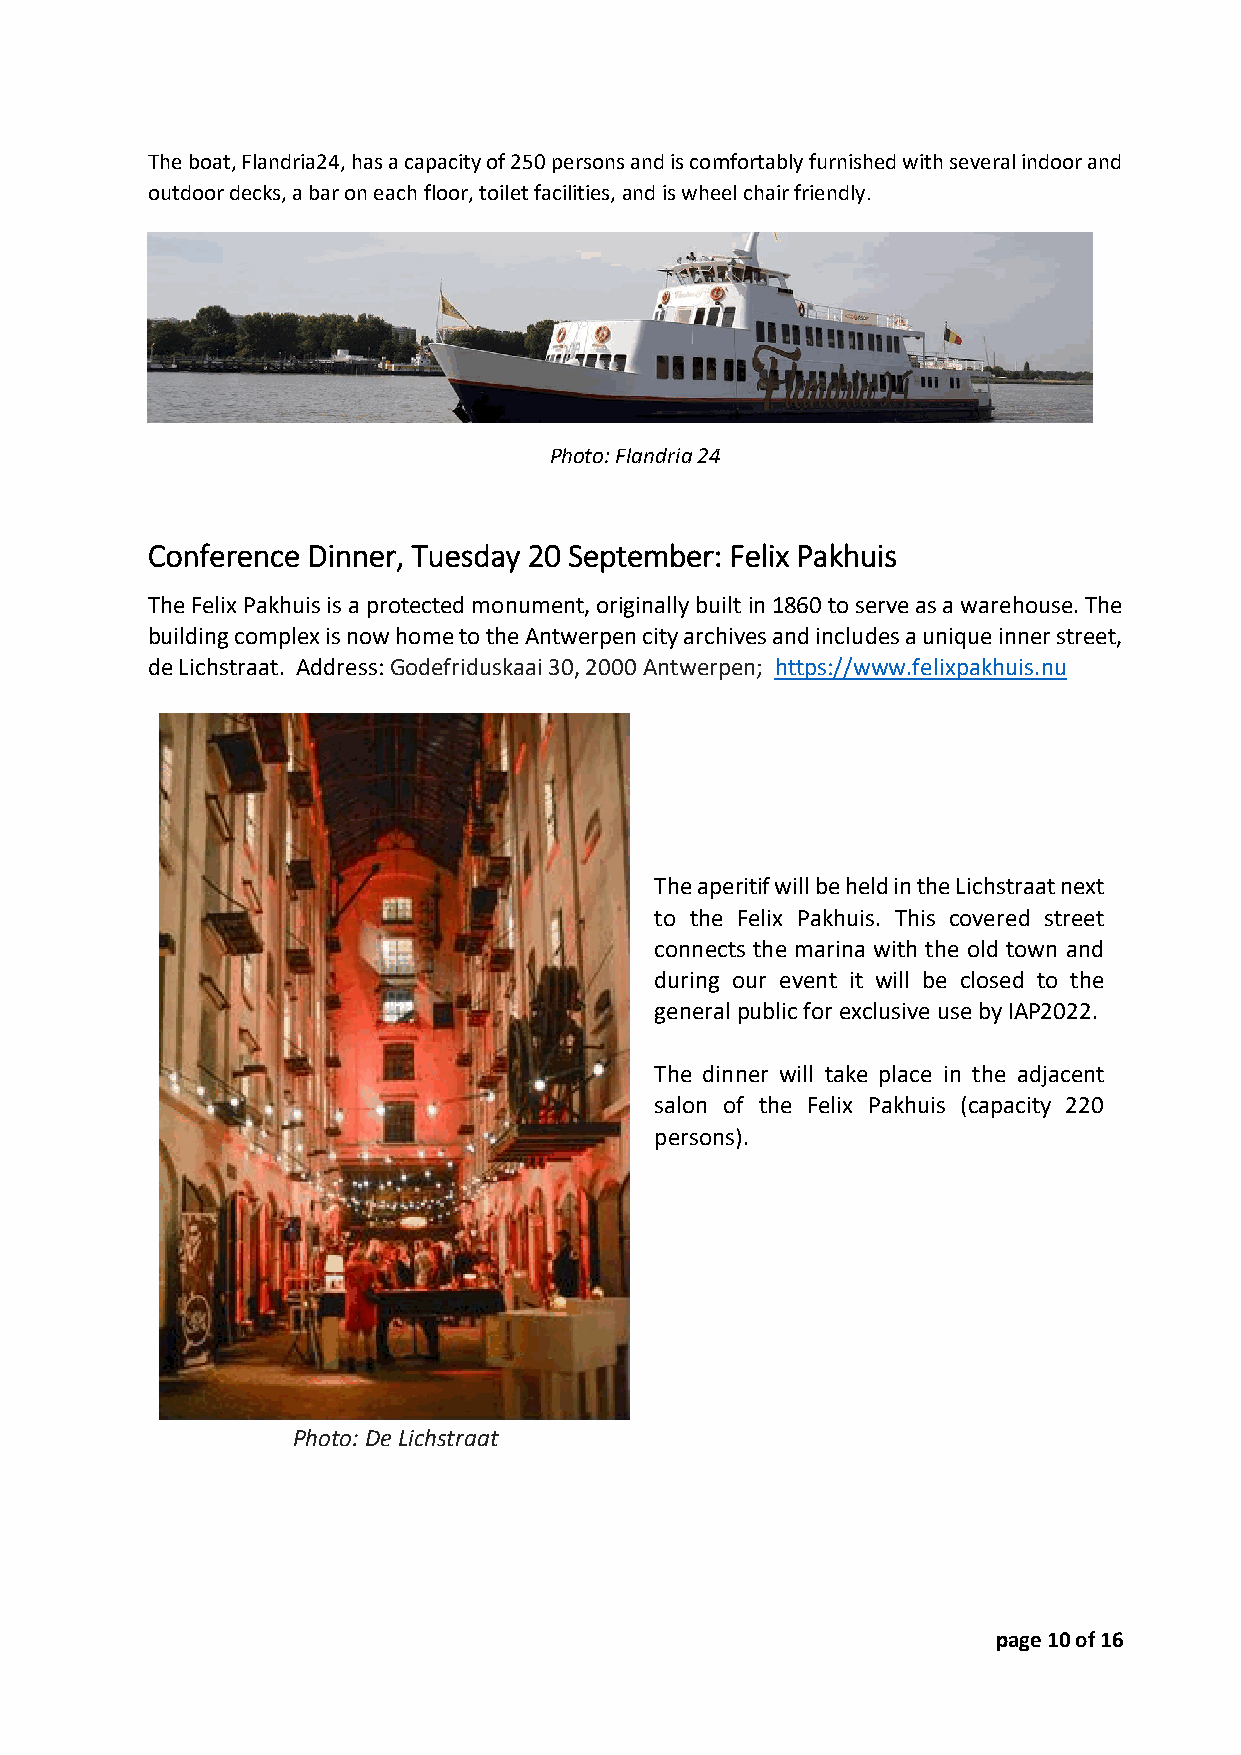
The boat, Flandria24, has a capacity of 250 persons and is comfortably furnished with several indoor and
 outdoor decks, a bar on each floor, toilet facilities, and is wheel chair friendly.
 Photo: Flandria 24
 Conference Dinner, Tuesday 20 September: Felix Pakhuis
 The Felix Pakhuis is a protected monument, originally built in 1860 to serve as a warehouse. The
 building complex is now home to the Antwerpen city archives and includes a unique inner street,
 de Lichstraat. Address: Godefriduskaai 30, 2000 Antwerpen; https://www.felixpakhuis.nu
 The aperitif will be held in the Lichstraat next
 to the Felix Pakhuis. This covered street
 connects the marina with the old town and
 during our event it will be closed to the
 general public for exclusive use by IAP2022.
 The dinner will take place in the adjacent
 salon of the Felix Pakhuis (capacity 220
 persons).
 Photo: De Lichstraat
 page 10 of 16